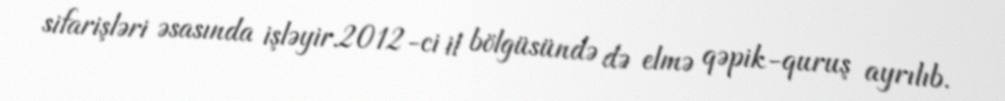
sifarişləri əsasında işləyir.2012-ci il bölgüsündə də elmə qəpik-quruş ayrılıb.